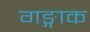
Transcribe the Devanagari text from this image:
गङ्गाक